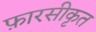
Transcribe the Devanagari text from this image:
फ़ारसीकृत